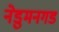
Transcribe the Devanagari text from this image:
नेडुमनगड